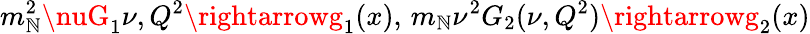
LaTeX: m_{\mathbb{N}}^{2}\nuG_{1}{\nu,Q^{2}}\rightarrowg_{1}(x),\, m_{\mathbb{N}}\nu^{2}G_{2}(\nu,Q^{2})\rightarrowg_{2}(x)